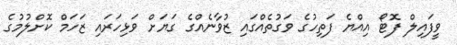
ވީފައިލް ފޮޓޯ އިއްޔެ ފަތިހުގެ ވަގުތެއްގައި ޒުވާނެއްގެ ގަޔަށް ވަޅިހަރައި ޒަހަމް ކޮށްލުމުގެ